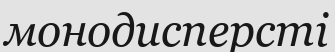
монодисперсті